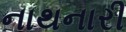
નાથનારી